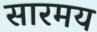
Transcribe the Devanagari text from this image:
सारमय